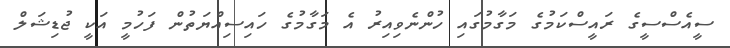
ސީއެސްސީގެ ރައީސްކަމުގެ މަގާމުގައި ހުންނެވިއިރު އެ މަގާމުގެ ހައިސިއްޔަތުން ފަހުމީ އަކީ ޖުޑިޝަލް